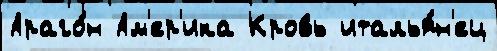
Араго́н Ам'ер'ика Кровь италья́н'ец